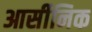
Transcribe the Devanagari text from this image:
आर्सीनिक